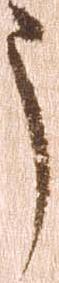
う